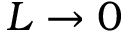
L \rightarrow 0